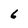
Character: 6